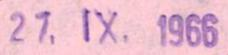
27. IX. 1966